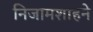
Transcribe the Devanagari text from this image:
निजामशाहने